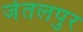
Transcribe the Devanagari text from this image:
जेतलपुर